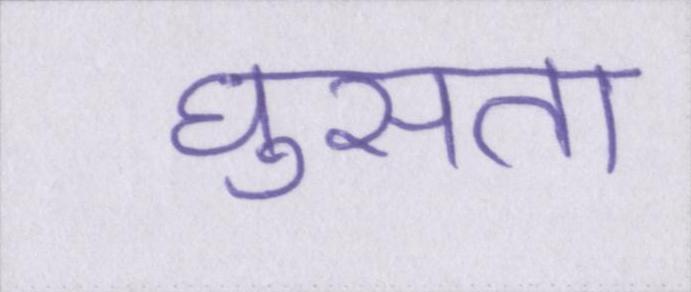
घुसता